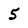
Character: 5